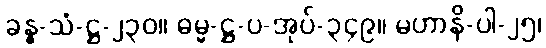
ခန္ဓ-သံ-ဋ္ဌ-၂၃၀။ ဓမ္မ-ဋ္ဌ-ပ-အုပ်-၃၄၉။ မဟာနိ-ပါ-၂၅၊